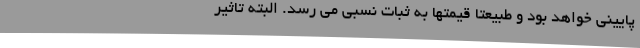
پایینی خواهد بود و طبیعتا قیمتها به ثبات نسبی می رسد. البته تاثیر